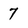
Character: 7